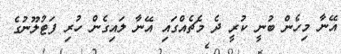
އޭނާ މިހެން ބުނީ ކުރީ ދެ މެޗެއްގައި އޭނާ ލައިގެން ހުރި ފަޓުލޫނުގެ